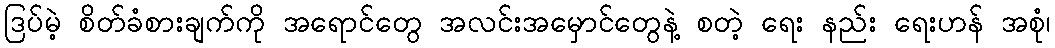
ဒြပ်မဲ့ စိတ်ခံစားချက်ကို အရောင်တွေ အလင်းအမှောင်တွေနဲ့ စတဲ့ ရေး နည်း ရေးဟန် အစုံ၊